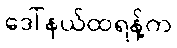
ဒေါ်နယ်ထရန့်က